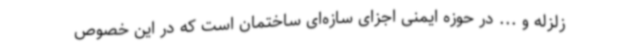
زلزله و ... در حوزه ایمنی اجزای سازه‌ای ساختمان است که در این خصوص